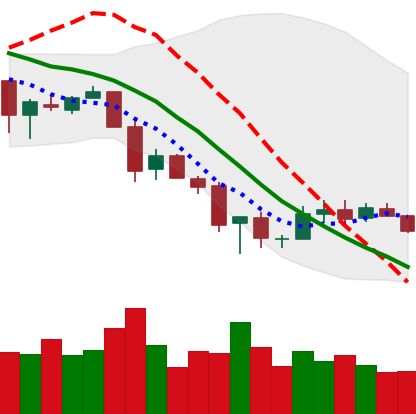
Ticker: XLM-USD
Chart end date: 2018-12-03
Forward return: -20.425%
Label: down_7plus